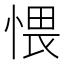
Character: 愄